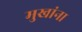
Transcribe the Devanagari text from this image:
मुखांना